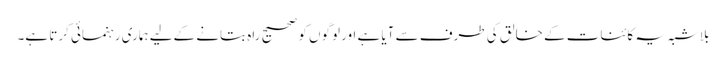
بلاشبہ یہ کائنات کے خالق کی طرف سے آیا ہے اور لوگوں کو صحیح راہ بتانے کےلیے ہماری رہنمائی کرتا ہے۔